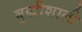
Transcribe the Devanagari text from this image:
बुद्धीशाली